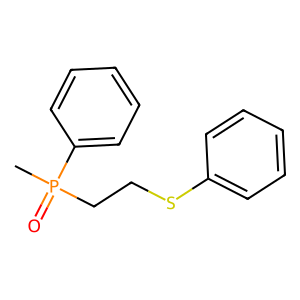
SMILES: CP(=O)(CCSc1ccccc1)c1ccccc1
Inhibits HIV replication: No